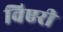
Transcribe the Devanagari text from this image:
विएरी